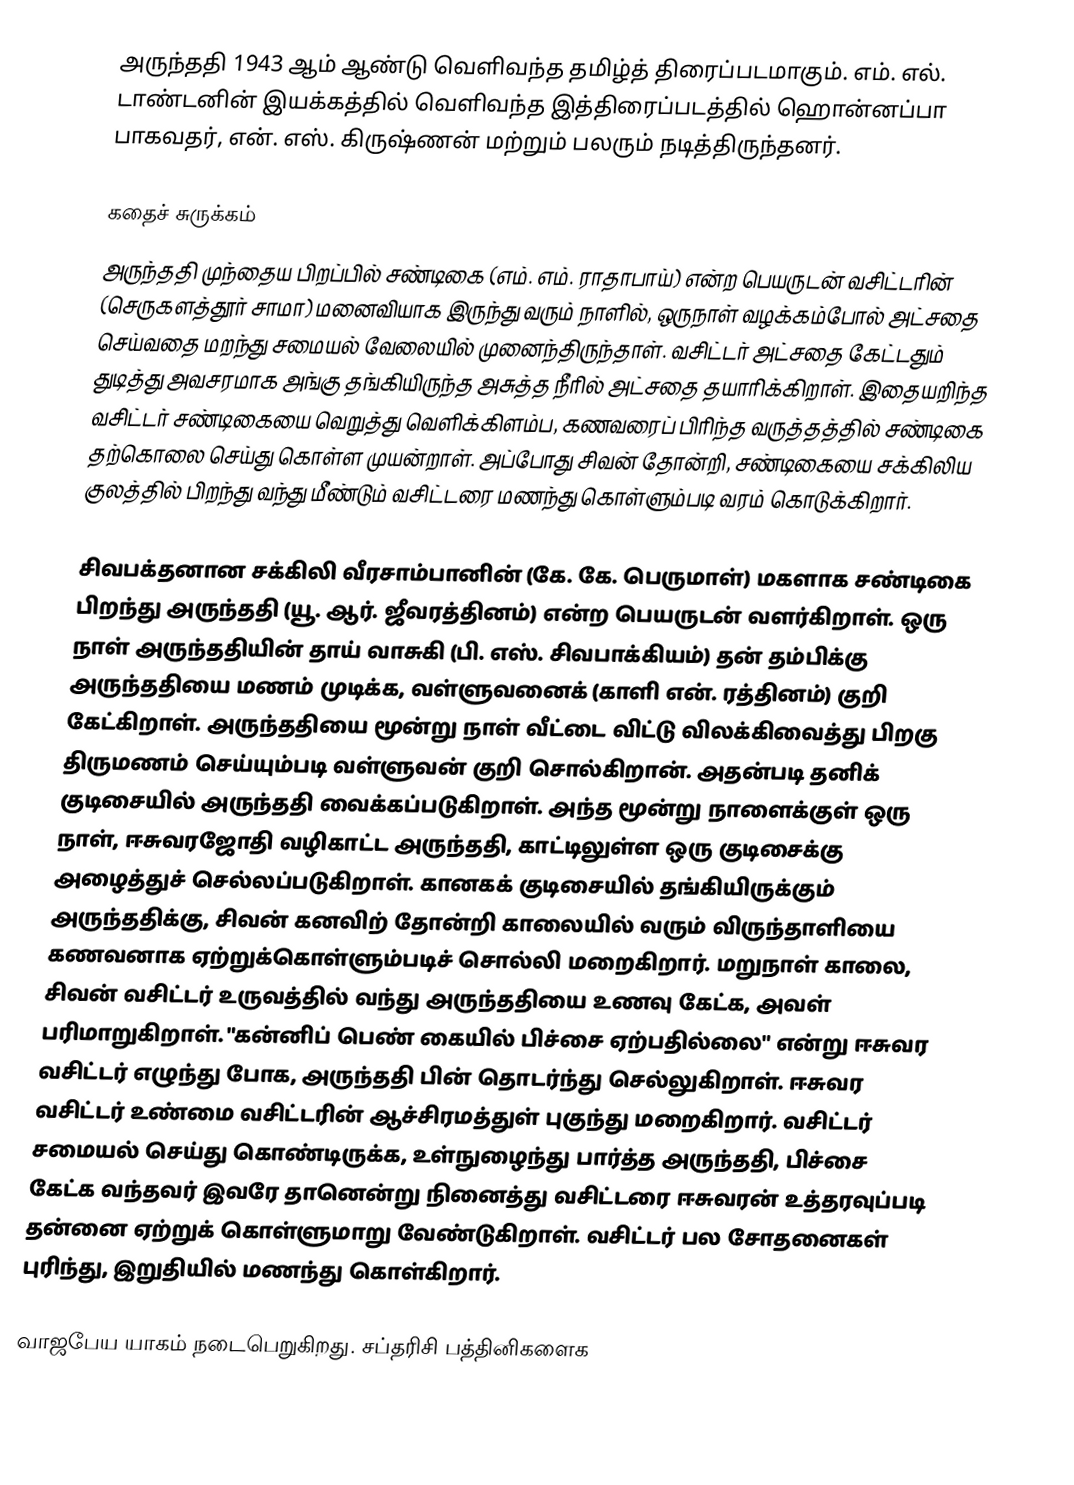
அருந்ததி 1943 ஆம் ஆண்டு வெளிவந்த தமிழ்த் திரைப்படமாகும். எம். எல். டாண்டனின் இயக்கத்தில் வெளிவந்த இத்திரைப்படத்தில் ஹொன்னப்பா பாகவதர், என். எஸ். கிருஷ்ணன் மற்றும் பலரும் நடித்திருந்தனர்.

கதைச் சுருக்கம்
அருந்ததி முந்தைய பிறப்பில் சண்டிகை (எம். எம். ராதாபாய்) என்ற பெயருடன் வசிட்டரின் (செருகளத்தூர் சாமா) மனைவியாக இருந்து வரும் நாளில், ஒருநாள் வழக்கம்போல் அட்சதை செய்வதை மறந்து சமையல் வேலையில் முனைந்திருந்தாள். வசிட்டர் அட்சதை கேட்டதும் துடித்து அவசரமாக அங்கு தங்கியிருந்த அசுத்த நீரில் அட்சதை தயாரிக்கிறாள். இதையறிந்த வசிட்டர் சண்டிகையை வெறுத்து வெளிக்கிளம்ப, கணவரைப் பிரிந்த வருத்தத்தில் சண்டிகை தற்கொலை செய்து கொள்ள முயன்றாள். அப்போது சிவன் தோன்றி, சண்டிகையை சக்கிலிய குலத்தில் பிறந்து வந்து மீண்டும் வசிட்டரை மணந்து கொள்ளும்படி வரம் கொடுக்கிறார்.

சிவபக்தனான சக்கிலி வீரசாம்பானின் (கே. கே. பெருமாள்) மகளாக சண்டிகை பிறந்து அருந்ததி (யூ. ஆர். ஜீவரத்தினம்) என்ற பெயருடன் வளர்கிறாள். ஒரு நாள் அருந்ததியின் தாய் வாசுகி (பி. எஸ். சிவபாக்கியம்) தன் தம்பிக்கு அருந்ததியை மணம் முடிக்க, வள்ளுவனைக் (காளி என். ரத்தினம்) குறி கேட்கிறாள். அருந்ததியை மூன்று நாள் வீட்டை விட்டு விலக்கிவைத்து பிறகு திருமணம் செய்யும்படி வள்ளுவன் குறி சொல்கிறான். அதன்படி தனிக் குடிசையில் அருந்ததி வைக்கப்படுகிறாள். அந்த மூன்று நாளைக்குள் ஒரு நாள், ஈசுவரஜோதி வழிகாட்ட அருந்ததி, காட்டிலுள்ள ஒரு குடிசைக்கு அழைத்துச் செல்லப்படுகிறாள். கானகக் குடிசையில் தங்கியிருக்கும் அருந்ததிக்கு, சிவன் கனவிற் தோன்றி காலையில் வரும் விருந்தாளியை கணவனாக ஏற்றுக்கொள்ளும்படிச் சொல்லி மறைகிறார். மறுநாள் காலை, சிவன் வசிட்டர் உருவத்தில் வந்து அருந்ததியை உணவு கேட்க, அவள் பரிமாறுகிறாள். "கன்னிப் பெண் கையில் பிச்சை ஏற்பதில்லை" என்று ஈசுவர வசிட்டர் எழுந்து போக, அருந்ததி பின் தொடர்ந்து செல்லுகிறாள். ஈசுவர வசிட்டர் உண்மை வசிட்டரின் ஆச்சிரமத்துள் புகுந்து மறைகிறார். வசிட்டர் சமையல் செய்து கொண்டிருக்க, உள்நுழைந்து பார்த்த அருந்ததி, பிச்சை கேட்க வந்தவர் இவரே தானென்று நினைத்து வசிட்டரை ஈசுவரன் உத்தரவுப்படி தன்னை ஏற்றுக் கொள்ளுமாறு வேண்டுகிறாள். வசிட்டர் பல சோதனைகள் புரிந்து, இறுதியில் மணந்து கொள்கிறார்.

வாஜபேய யாகம் நடைபெறுகிறது. சப்தரிசி பத்தினிகளைக